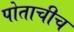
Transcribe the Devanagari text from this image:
पोताचीच